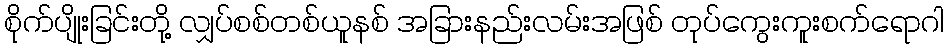
စိုက်ပျိုးခြင်းတို့ လျှပ်စစ်တစ်ယူနစ် အခြားနည်းလမ်းအဖြစ် တုပ်ကွေးကူးစက်ရောဂါ